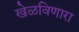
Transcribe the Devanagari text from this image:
खेळविणारा